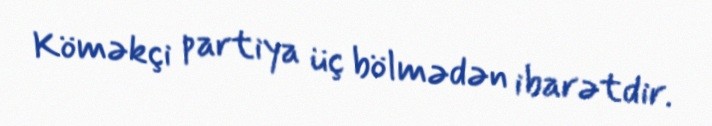
Köməkçi partiya üç bölmədən ibarətdir.